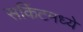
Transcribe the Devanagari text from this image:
सर्किटमध्ये